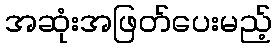
အဆုံးအဖြတ်ပေးမည့်